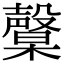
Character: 𣫙